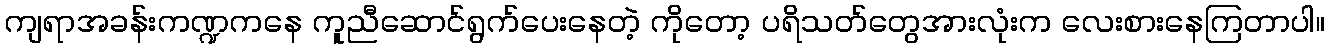
ကျရာအခန်းကဏ္ဍကနေ ကူညီဆောင်ရွက်ပေးနေတဲ့ ကိုတော့ ပရိသတ်တွေအားလုံးက လေးစားနေကြတာပါ။